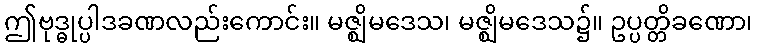
ဤဗုဒ္ဓုပ္ပါဒခဏလည်းကောင်း။ မဇ္ဈိမဒေသ၊ မဇ္ဈိမဒေသ၌။ ဥပ္ပတ္တိခဏော၊